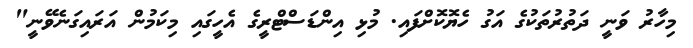
މިހާރު ވަނީ ދަތުރުތަކުގެ އަގު ހެޔޮކޮށްފައި. މުޅި އިންޑަސްޓްރީގެ އެހީގައި މިކަމުން އަރައިގަނެވޭނީ"